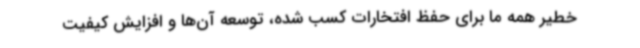
خطیر همه ما برای حفظ افتخارات کسب شده، توسعه آن‌ها و افزایش کیفیت